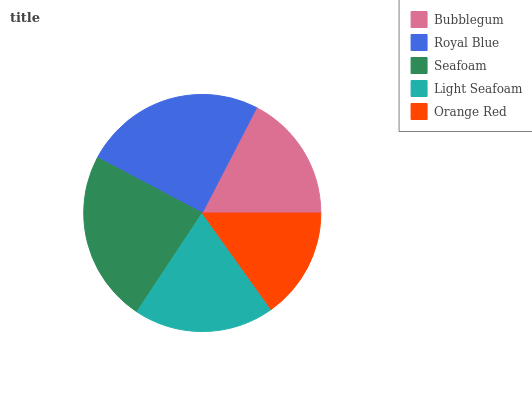
| Bubblegum | Royal Blue | Seafoam | Light Seafoam | Orange Red |
 | --- | --- | --- | --- | --- |
 | 17.4% | 24.9% | 23.4% | 19.1% | 15.2% |